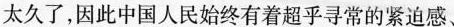
太久了，因此中国人民始终有着超乎寻常的紧迫感、